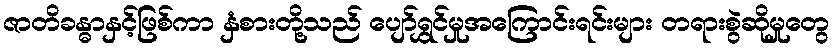
ဇာတိခန္ဓာနှင့်ဖြစ်ကာ နှံစားတို့သည် ပျော်ရွှင်မှုအကြောင်းရင်းများ တရားစွဲဆိုမှုတွေ